Indian journal of veterinary science and animal husbandry - Volume 3,
Year: 1933
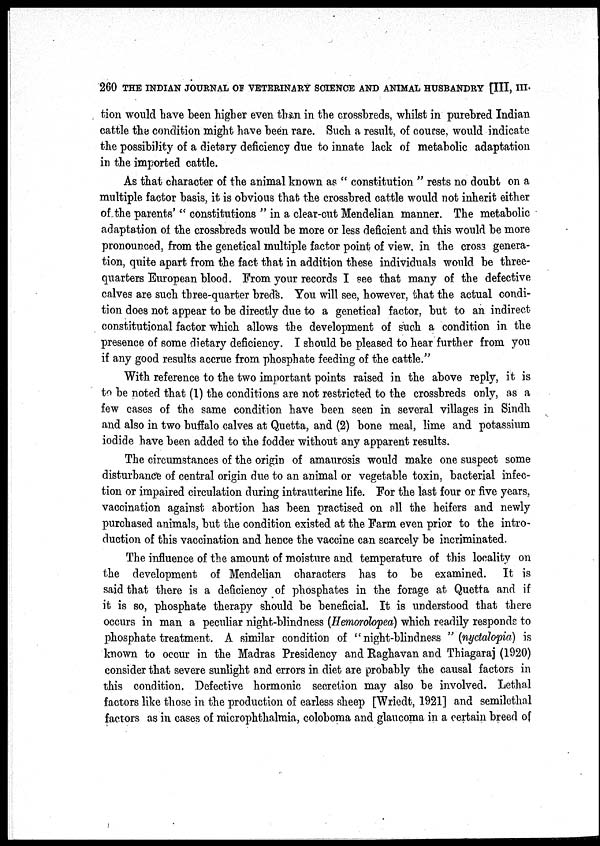
260 THE INDIAN JOURNAL OF VETERINARY SCIENCE AND ANIMAL HUSBANDRY [III, III.
tion would have been higher even than in the crossbreds, whilst in purebred Indian
cattle the condition might have been rare. Such a result, of course, would indicate
the possibility of a dietary deficiency due to innate lack of metabolic adaptation
in the imported cattle.
As that character of the animal known as " constitution " rests no doubt on a
multiple factor basis, it is obvious that the crossbred cattle would not inherit either
of the parents' " constitutions " in a clear-cut Mendelian manner. The metabolic
adaptation of the crossbreds would be more or less deficient and this would be more
pronounced, from the genetical multiple factor point of view, in the cross genera-
tion, quite apart from the fact that in addition these individuals would be three-
quarters European blood. From your records I see that many of the defective
calves are such three-quarter breds. You will see, however, that the actual condi-
tion does not appear to be directly due to a genetical factor, but to an indirect
constitutional factor which allows the development of such a condition in the
presence of some dietary deficiency. I should be pleased to hear further from you
if any good results accrue from phosphate feeding of the cattle."
With reference to the two important points raised in the above reply, it is
to be noted that (1) the conditions are not restricted to the crossbreds only, as a
few cases of the same condition have been seen in several villages in Sindh
and also in two buffalo calves at Quetta, and (2) bone meal, lime and potassium
iodide have been added to the fodder without any apparent results.
The circumstances of the origin of amaurosis would make one suspect some
disturbance of central origin due to an animal or vegetable toxin, bacterial infec-
tion or impaired circulation during intrauterine life. For the last four or five years,
vaccination against abortion has been practised on all the heifers and newly
purchased animals, but the condition existed at the Farm even prior to the intro-
duction of this vaccination and hence the vaccine can scarcely be incriminated.
The influence of the amount of moisture and temperature of this locality on
the development of Mendelian characters has to be examined. It is
said that there is a deficiency of phosphates in the forage at Quetta and if
it is so, phosphate therapy should be beneficial. It is understood that there
occurs in man a peculiar night-blindness (Hemorolopea) which readily responds to
phosphate, treatment. A similar condition of "night-blindness "(nyctalopia) is
known to occur in the Madras Presidency and Raghavan and Thiagaraj (1920)
consider that severe sunlight and errors in diet are probably the causal factors in
this condition. Defective hormonic secretion may also be involved. Lethal
factors like those in the production of earless sheep [Wriedt, 1921] and semilethal
factors as in cases of microphthalmia, coloboma and glaucoma in a certain breed of